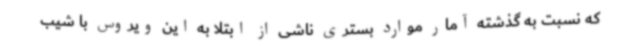
که نسبت به گذشته آمار موارد بستری ناشی از ابتلا به این ویروس با شیب